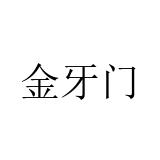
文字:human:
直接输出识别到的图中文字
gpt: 金牙门